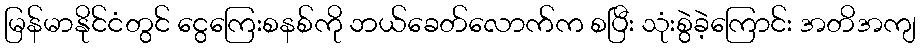
မြန်မာနိုင်ငံတွင် ငွေကြေးစနစ်ကို ဘယ်ခေတ်လောက်က စပြီး သုံးစွဲခဲ့ကြောင်း အတိအကျ